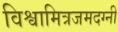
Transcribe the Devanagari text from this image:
विश्वामित्रजमदग्नी